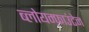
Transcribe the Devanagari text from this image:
ब्लोयम्फ़ाउंटेन